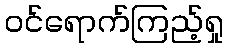
ဝင်ရောက်ကြည့်ရှု